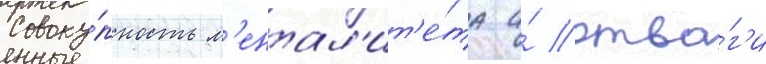
Совоку́пность м'ентал'ит'е́та и́ отва́г'и